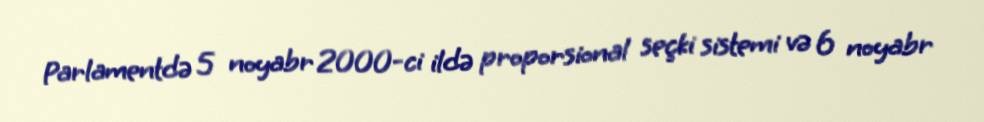
Parlamentdə 5 noyabr 2000-ci ildə proporsional seçki sistemi və 6 noyabr